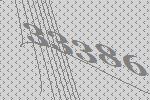
33386